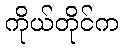
ကိုယ်တိုင်က